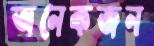
অনেকজন